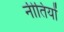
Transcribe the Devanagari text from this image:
नीतियों